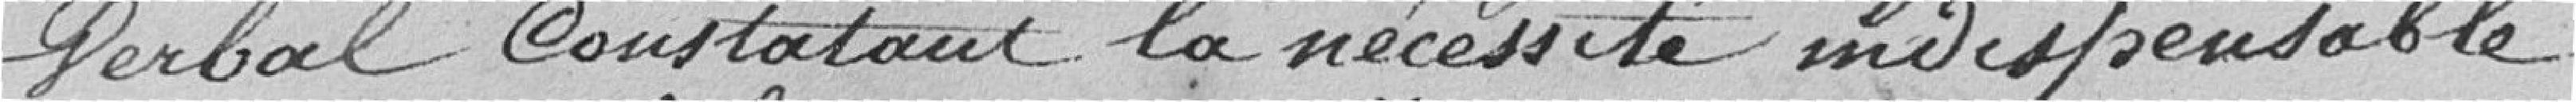
verbal constatant la nécessité indispensable